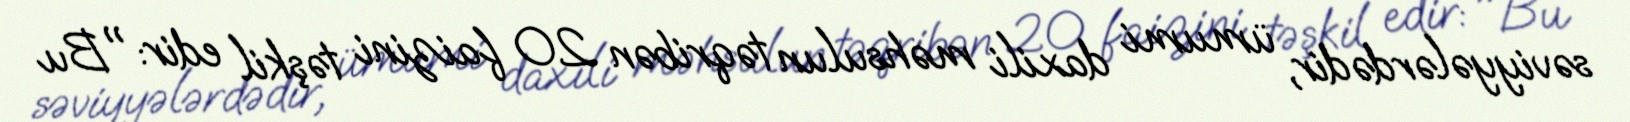
səviyyələrdədir, ümumi daxili məhsulun təqribən 20 faizini təşkil edir: "Bu